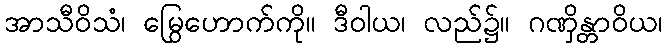
အာသီဝိသံ၊ မြွေဟောက်ကို။ ဒီဝါယ၊ လည်၌။ ဂဏှိန္တာဝိယ၊